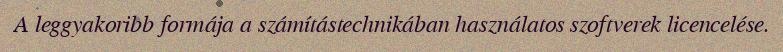
A leggyakoribb formája a számítástechnikában használatos szoftverek licencelése.